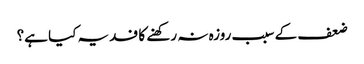
ضعف کے سبب روزہ نہ رکھنے کا فدیہ کیا ہے؟